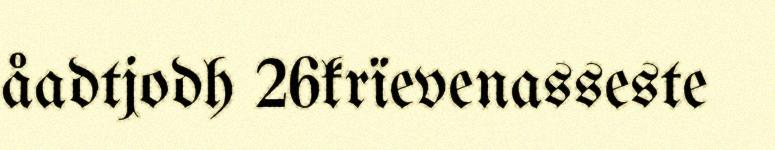
åadtjodh 26krïevenasseste